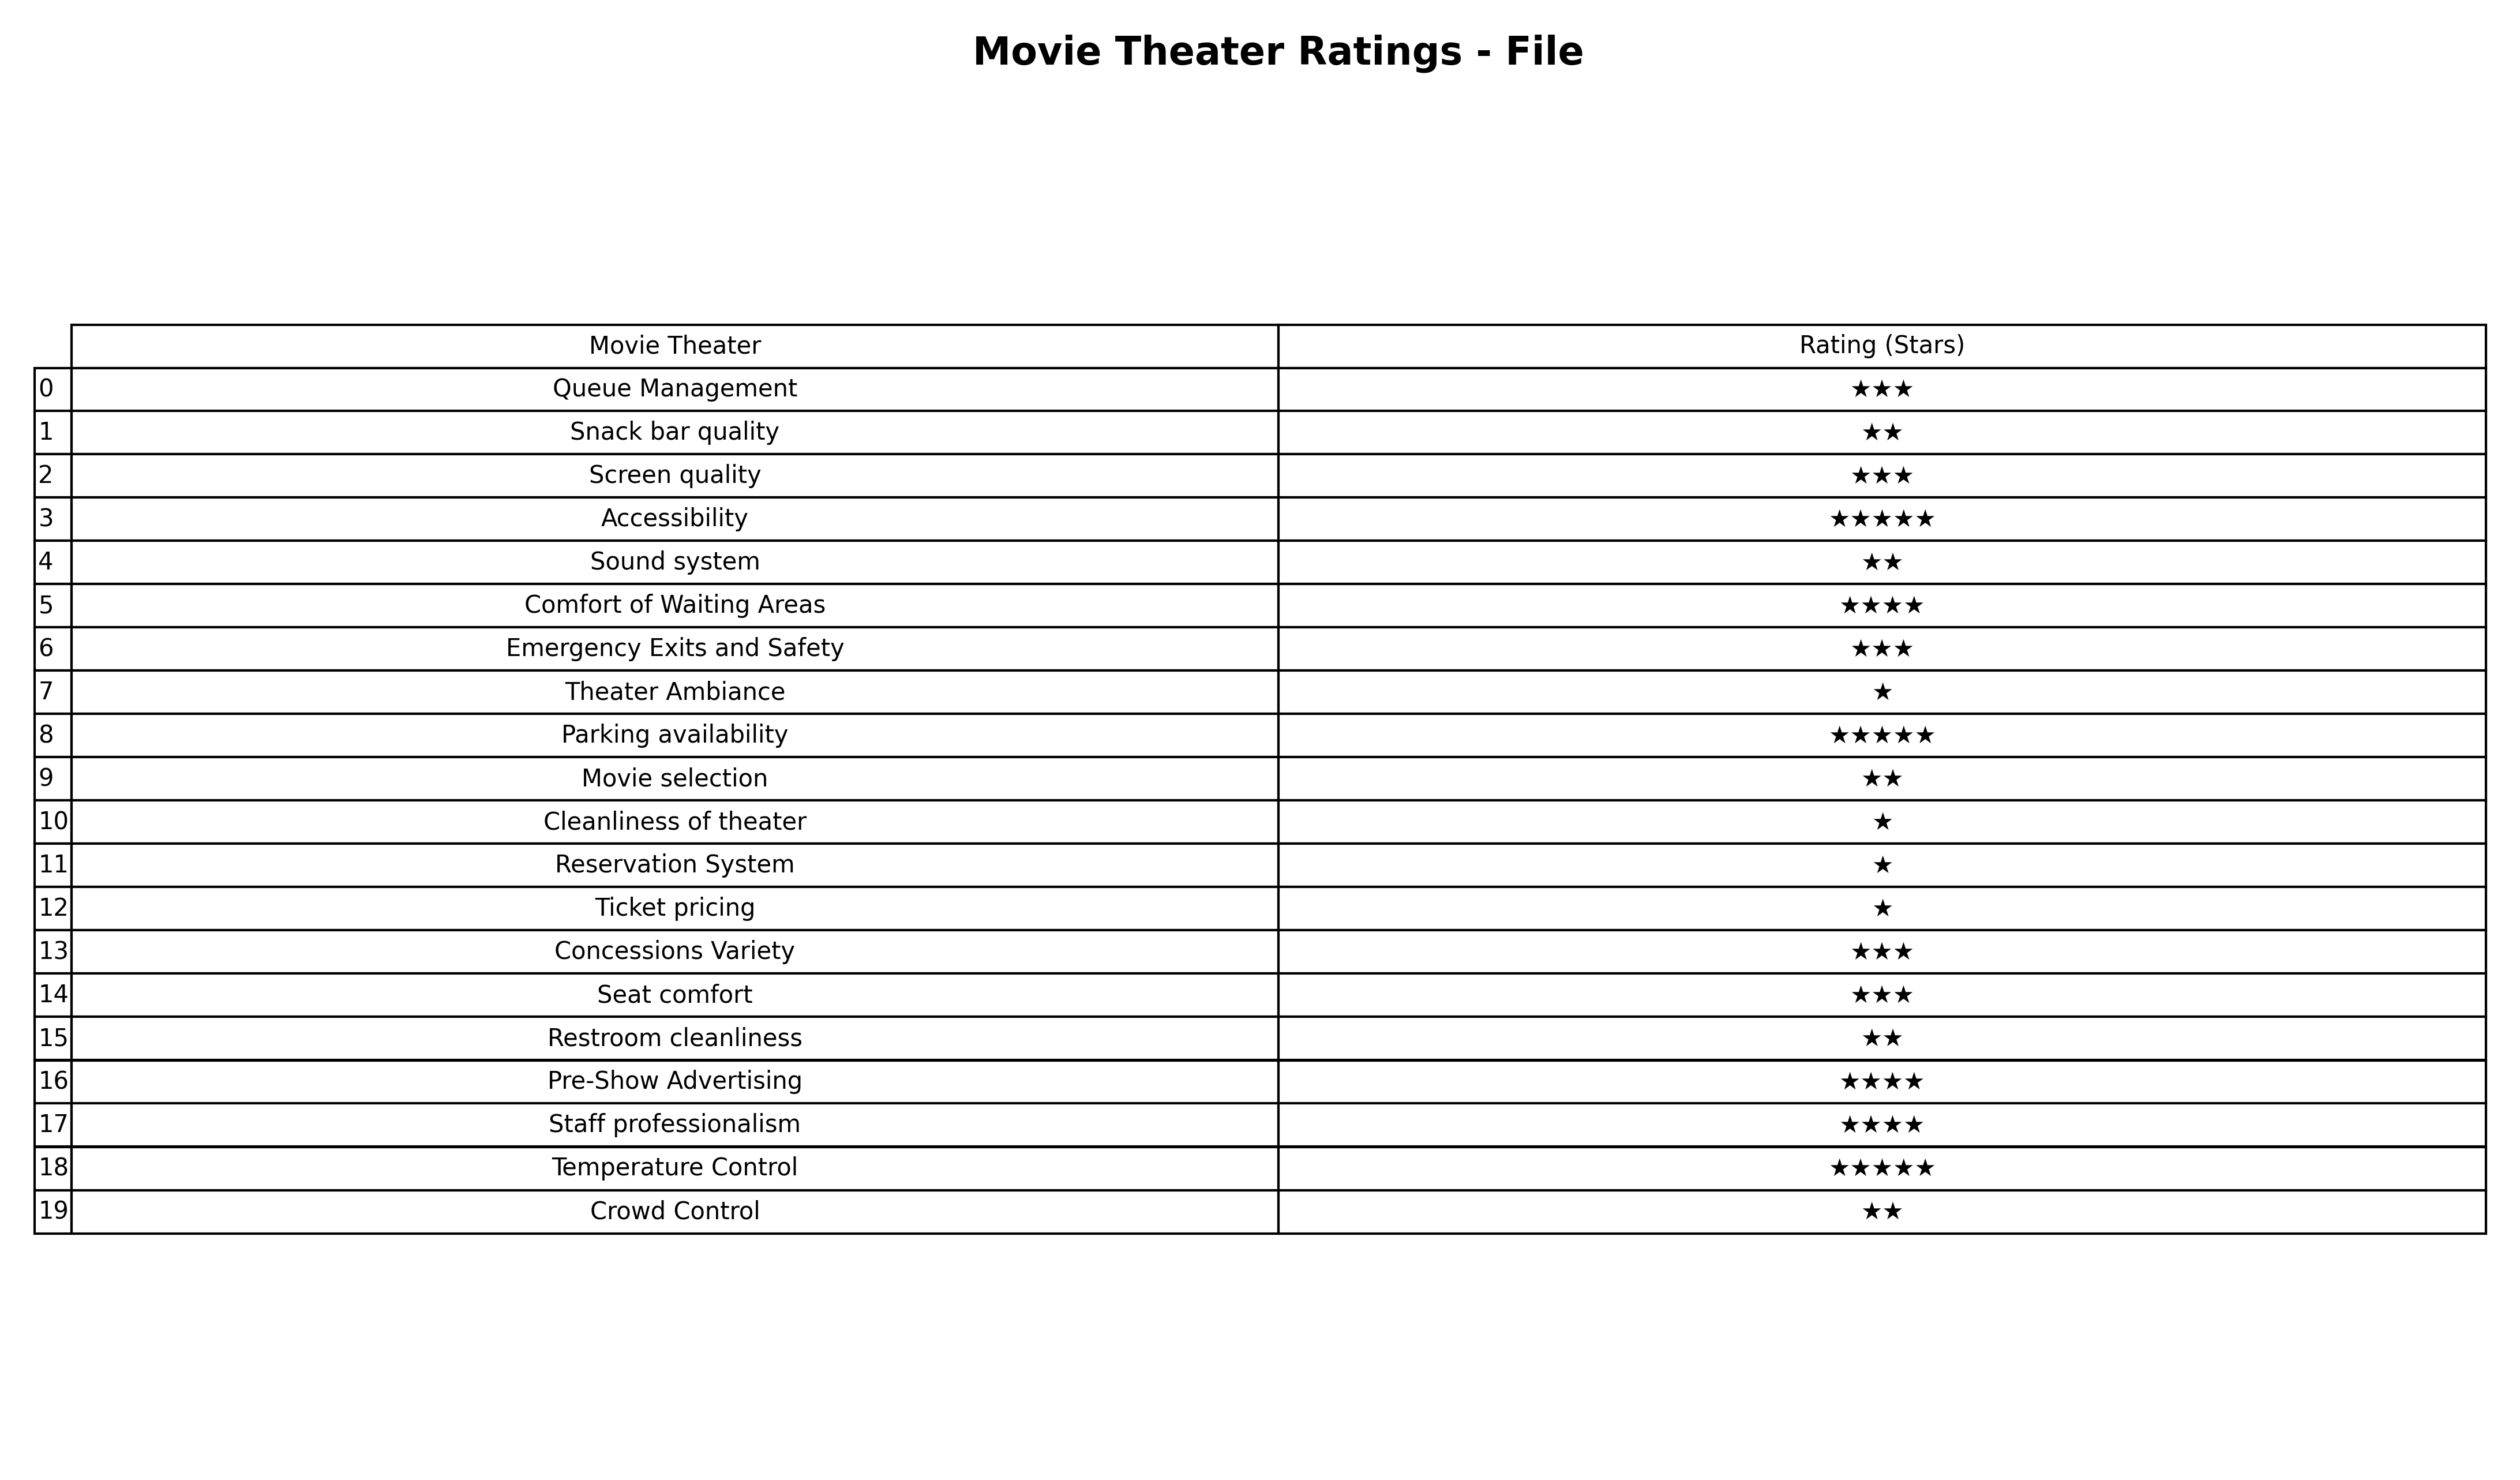
question: What is the rating of Temperature Control?
answer: ★★★★★